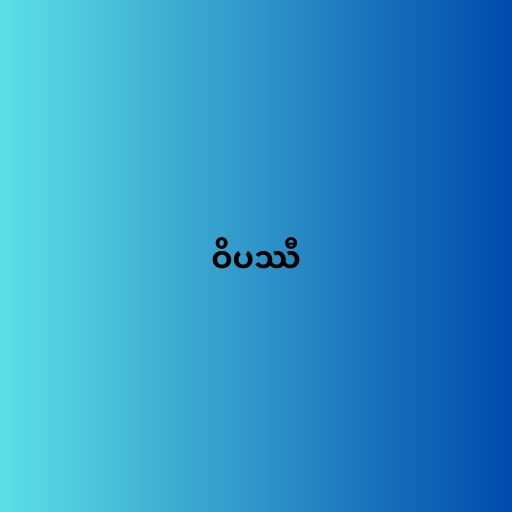
ဝိပဿီ